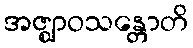
အဇ္ဈာဝသန္တောတိ